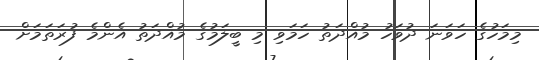
މިމަހުގެ ހަވަނަ ދުވަހު މުއްދަތު ހަމަވި މި ބީލަމުގެ މުއްދަތު އެންމެ ފުރަތަމަށް